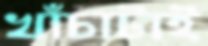
খাঁচাটাই